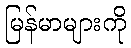
မြန်မာများကို